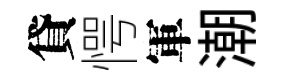
貸愕軍潮